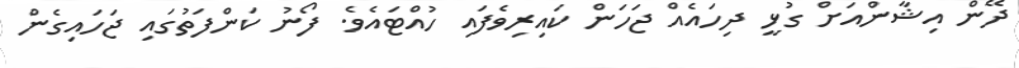
ދޭން އިޝާންއަށް ގުޅީ ދިހައެއް ޖަހަން ކައިރިވެފައި ހުއްޓައެވެ. ފޯނު ކަންފަތުގައި ޖަހައިގެން